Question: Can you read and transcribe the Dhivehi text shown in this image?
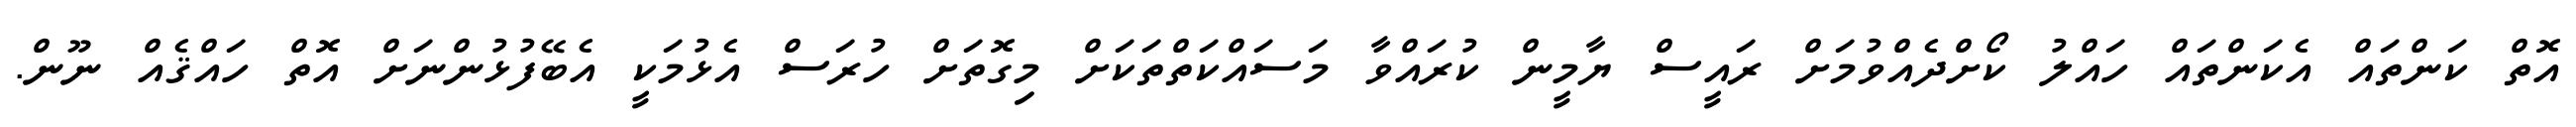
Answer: އޮތް ކަންތައް އެކަންތައް ހައްލު ކޯށްދެއްވުމަށް ރައީސް ޔާމީން ކުރައްވާ މަސައްކަތްތަކަށް މިގޮތަށް ހުރަސް އެޅުމަކީ އެބޭފުޅުންނަށް އޮތް ހައްޤެއް ނޫން.